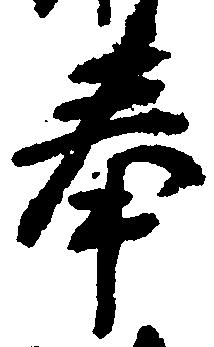
奉